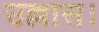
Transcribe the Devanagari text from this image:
उल्लास।